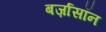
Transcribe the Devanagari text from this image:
बर्ज़ासॉन